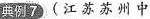
典例7(江苏苏州中